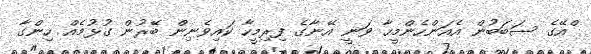
ްއޭގެ ސަބަބުން އެއަންހެންމީހާ ވަނީ އޭނާގެ ފިރިމީހާ ކައިވެނިން ބޭރުން ގުޅުމެއް ހިންގާ